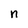
Character: n